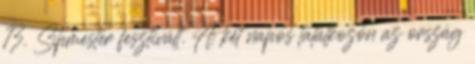
13. Sípmester fesztivált. A két napos találkozón az ország